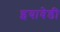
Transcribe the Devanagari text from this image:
इयावेडी